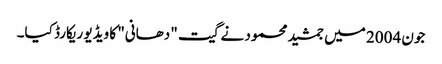
جون 2004 میں جمشید محمود نے گیت "دھانی" کا ویڈیو ریکارڈ کیا۔